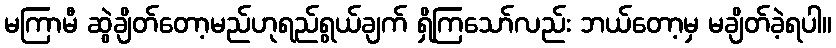
မကြာမီ ဆွဲချိတ်တော့မည်ဟုရည်ရွယ်ချက် ရှိကြသော်လည်း ဘယ်တော့မှ မချိတ်ခဲ့ရပါ။